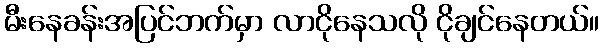
မီးနေခန်းအပြင်ဘက်မှာ လာငိုနေသလို ငိုချင်နေတယ်။